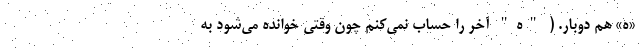
«ه» هم دوبار. ( "ه" آخر را حساب نمی‌کنم چون وقتی خوانده می‌شود به